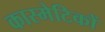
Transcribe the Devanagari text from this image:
कास्मेटिकों